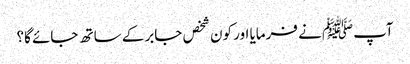
آپﷺ نے فرمایا اور کون شخص جابر کے ساتھ جائے گا؟